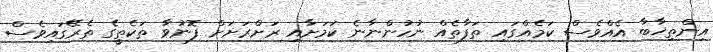
އިންތިޚާބާ އެއްވެސް ކަމެއްގައި ތަފާތެއް ނުހުންނާނެ ކަމަށާއި ރަށްރަށަށް ފޮނުވާ ތަކެތީގެ ތެރޭގައިވެސް